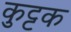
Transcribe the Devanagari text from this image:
कुुट्टक